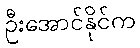
ဦးအောင်နိုင်က